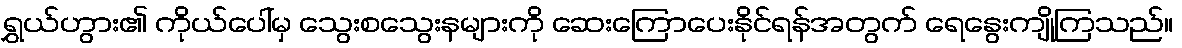
ရွှယ်ဟွား၏ ကိုယ်ပေါ်မှ သွေးစသွေးနများကို ဆေးကြောပေးနိုင်ရန်အတွက် ရေနွေးကျိုကြသည်။